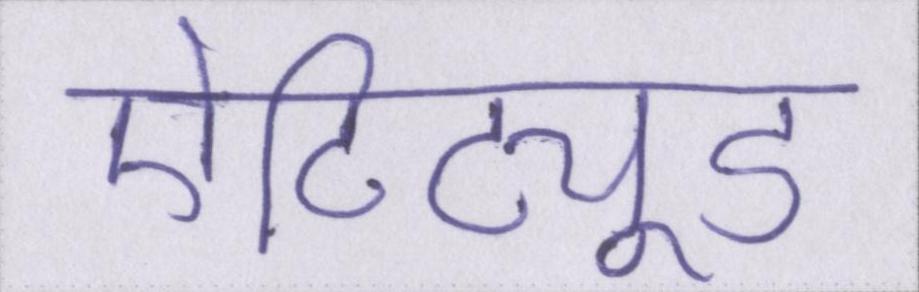
ऐटिट्यूड